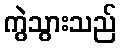
ကွဲသွားသည်